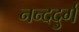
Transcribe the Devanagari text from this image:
नन्ददुर्ग